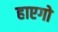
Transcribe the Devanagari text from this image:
हाएगो